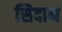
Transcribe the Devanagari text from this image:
सिदान